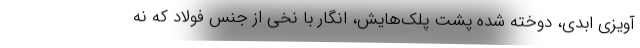
آويزي ابدي، دوخته شده پشت پلك‌هايش، انگار با نخي از جنس فولاد كه نه